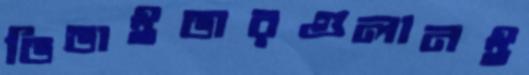
ডিভাইডারগুলানই